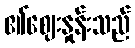
၏ဈေးနှုန်းသည်